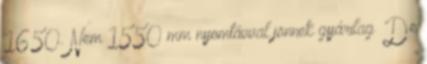
1650. Nem 1550 mm nyomtávval jönnek gyárilag De